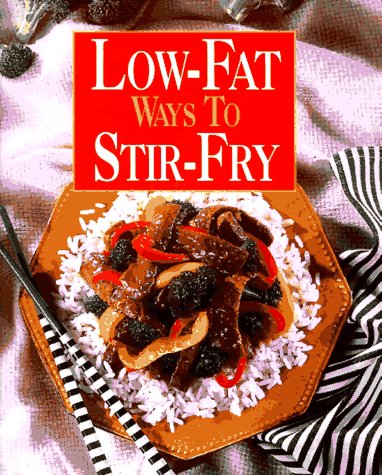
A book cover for Low-Fat Ways to Stir-Fry; Cookbooks, Food & Wine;